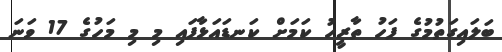
ބަލައިގަތުމުގެ ފަހު ތާރީހު ކަމަށް ކަނޑައަޅާފައި މި މި މަހުގެ 17 ވަނަ